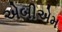
એબીએમ